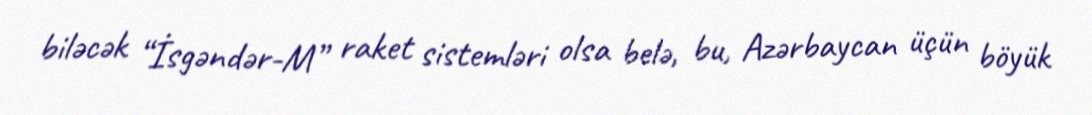
biləcək “İsgəndər-M” raket sistemləri olsa belə, bu, Azərbaycan üçün böyük